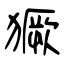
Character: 獗